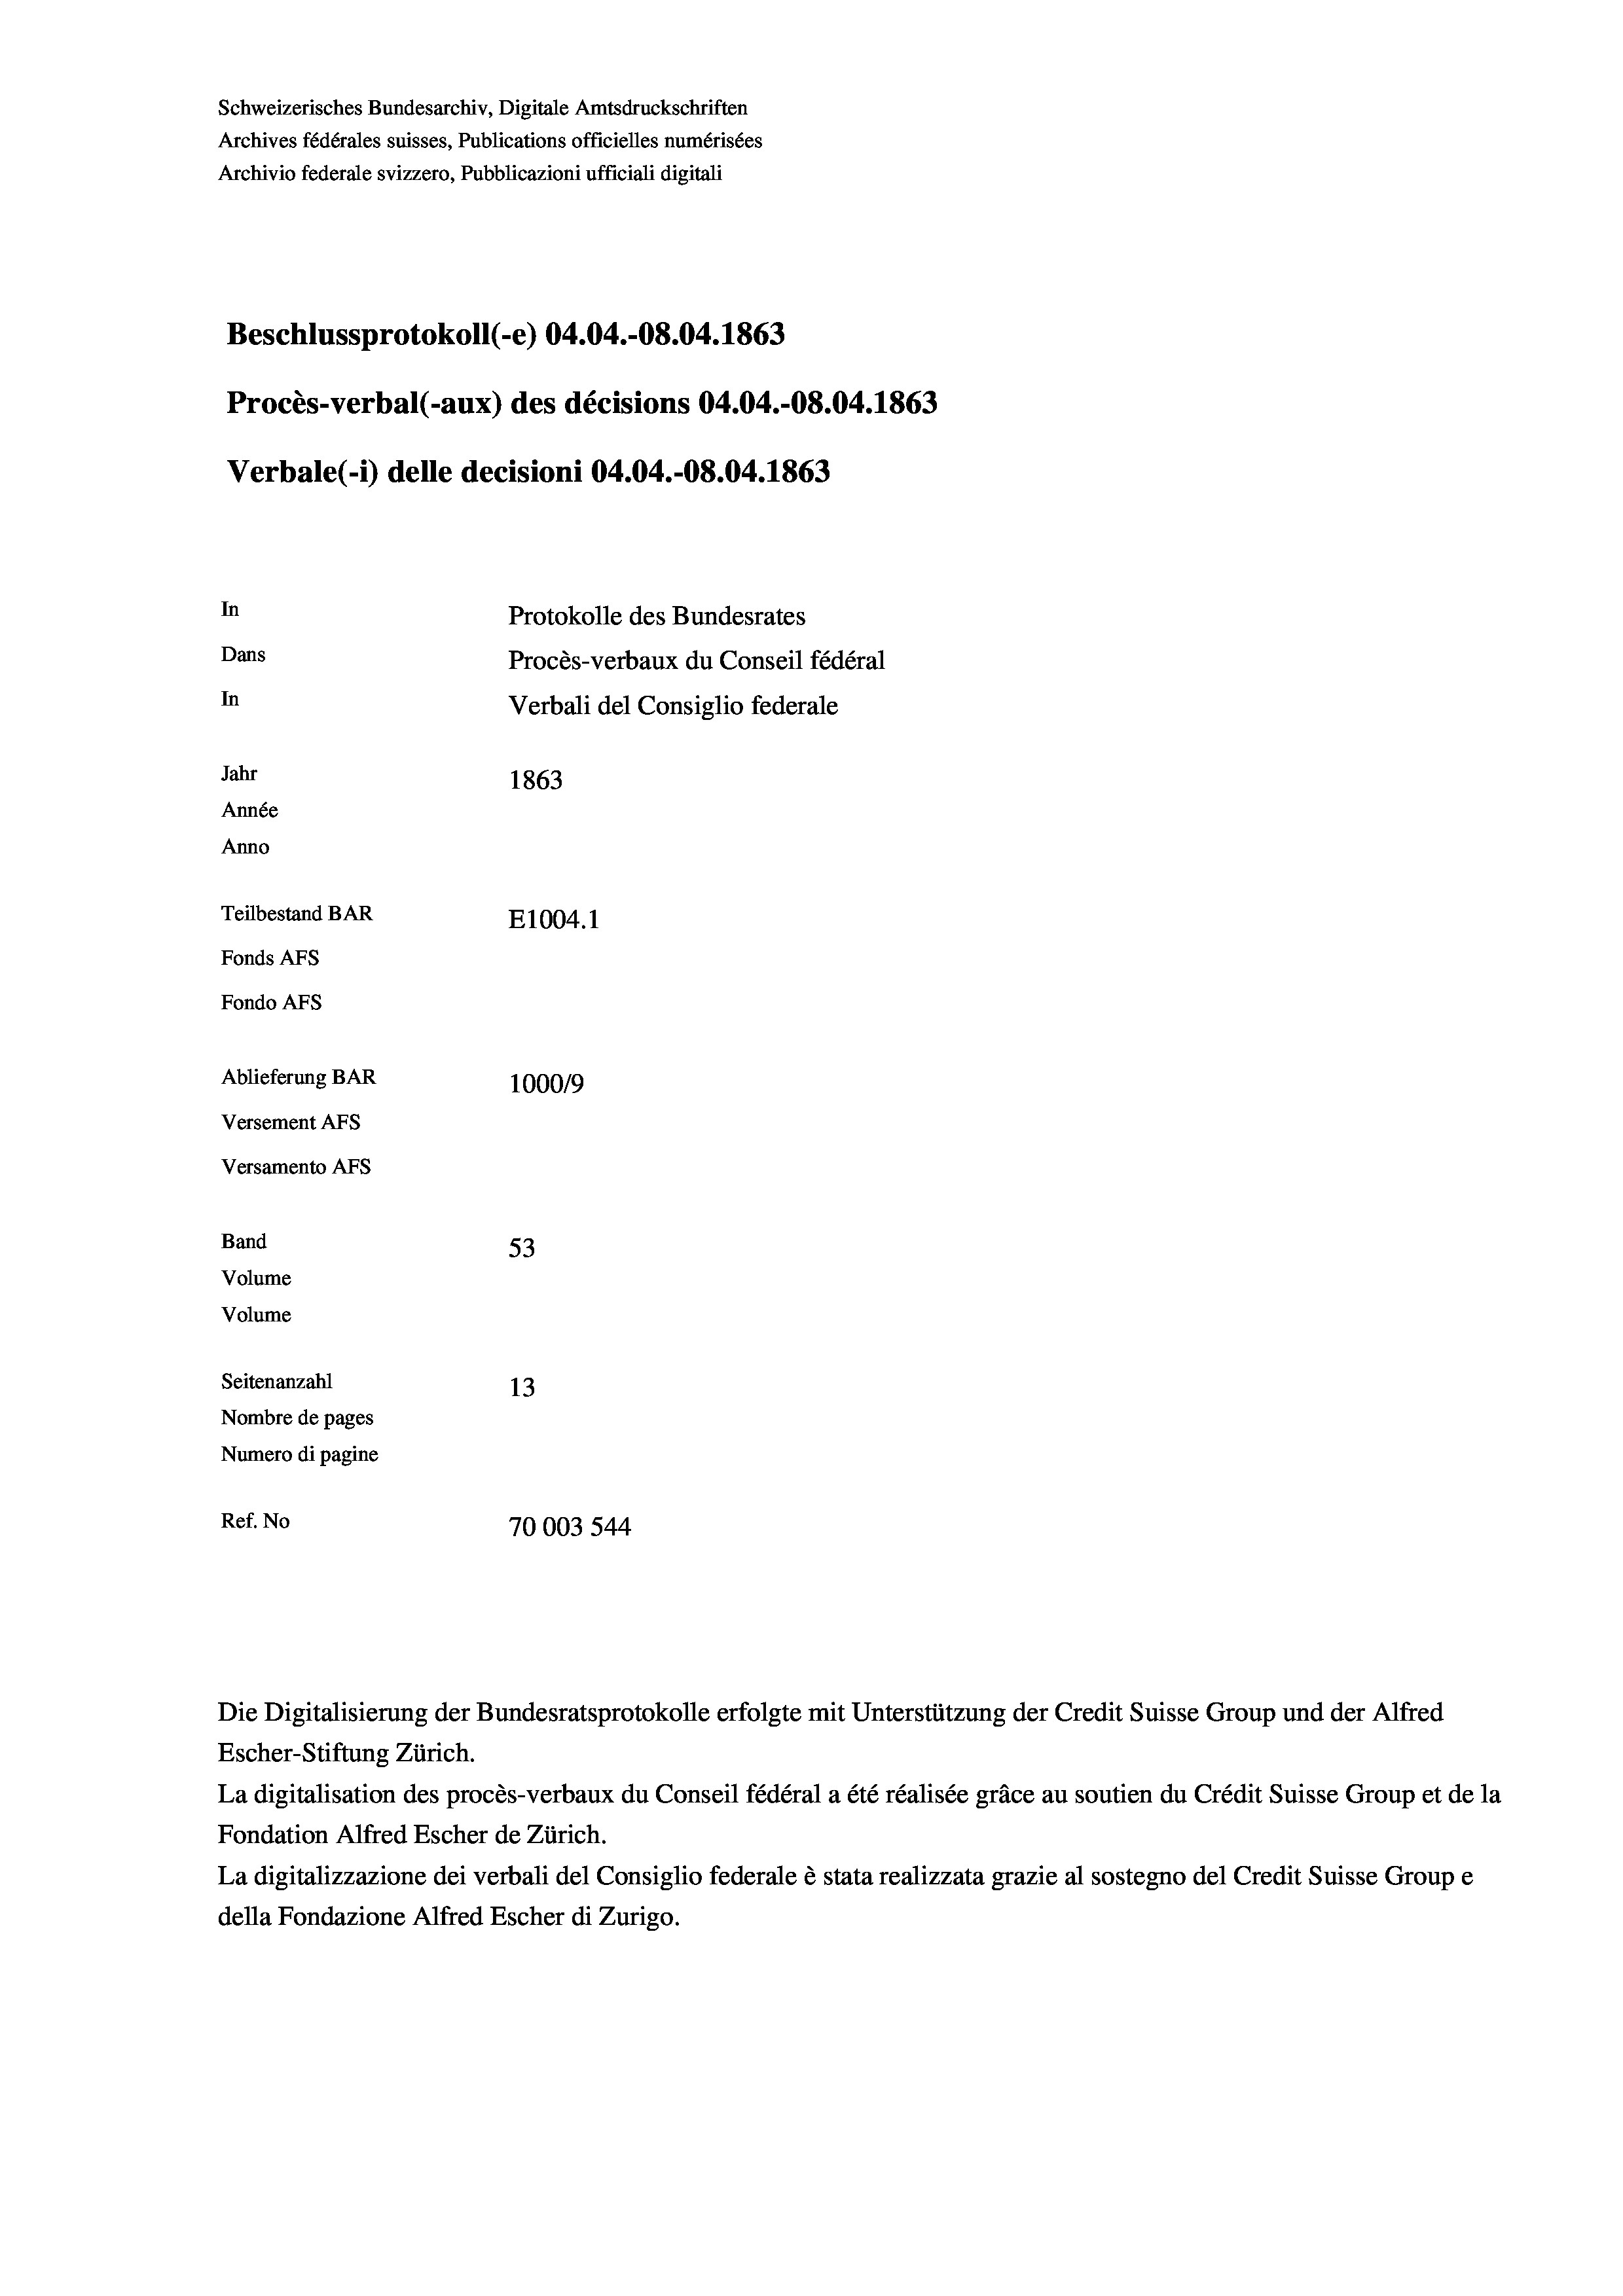
Schweizerisches Bundesarchiv, Digitale Amtsdruckschriften
Archives fédérales suisses, Publications officielles numérisées
Archivio federale svizzero, Pubblicazioni ufficiali digitali
Beschlussprotokoll (-e) 04.04.-08.04. 1863
Procès-verbal (-aux) des décisions 04.04.-08.04. 1863
Verbale (i) delle decisioni 04.04.-O8.04. 1863
In
Protokolle des Bundesrates
Dans
Procès-verbaux du Conseil fédéral
In
Verbali del Consiglio federale
Jahr
1863
Année
Anno
Teilbestand BAR
E1004. 1
Fonds AFs
Fondo AFS
Ablieferung BAR
100019
Versement AFs
Versamento AFs
Band
53
Volume
Volume
Seitenanzahl
13
Nombre de pages
Numero di pagine
Ref. No
70003 544

Escher-Stiftung Zürich.
La digitalisation des procès-verbaux du Conseil fédéral a été réalisée gräce au soutien du Crédit Suisse Group et de la
Fondation Alfred Escher de Zürich.
La digitalizzazione dei verbali del Consiglio federale è stata realizzata grazie al sostegno del Credit Suisse Groupe
della Fondazione Alfred Escher di Zurigo.

Die Digitalisierung der Bundesratsprotokolle erfolgte mit Unterstützung der Credit Suisse Group und der Alfred